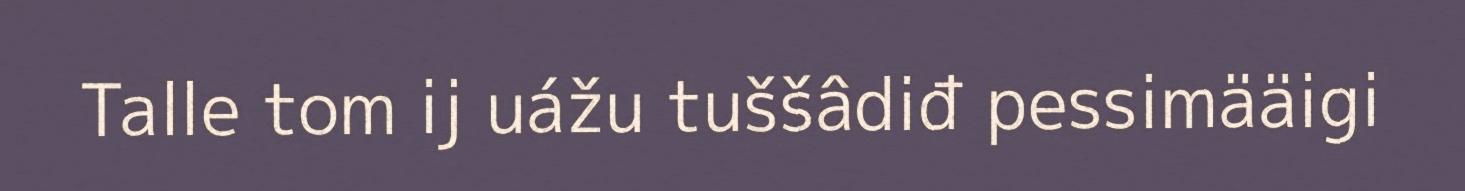
Talle tom ij uážu tuššâdiđ pessimääigi